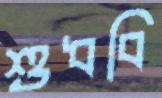
শুধবি